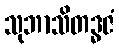
သုဘာသိတဒ္ဓဇံ